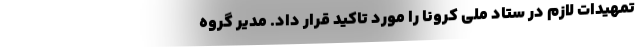
تمهیدات لازم در ستاد ملی کرونا را مورد تاکید قرار داد. مدیر گروه